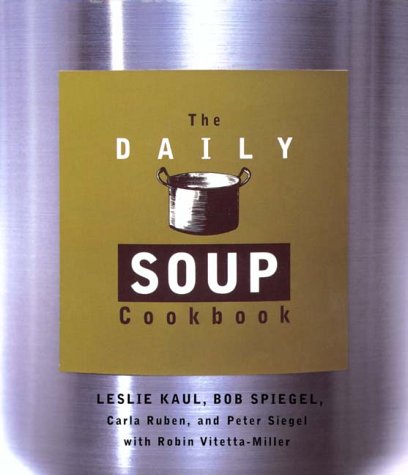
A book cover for The Daily Soup Cookbook; Leslie Kaul; Cookbooks, Food & Wine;